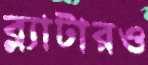
ব্ল্যাটারও